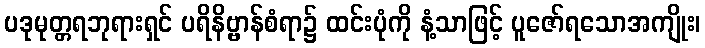
ပဒုမုတ္တရဘုရားရှင် ပရိနိဗ္ဗာန်စံရာ၌ ထင်းပုံကို နံ့သာဖြင့် ပူဇော်ရသောအကျိုး၊